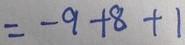
= - 9 + 8 + 1